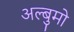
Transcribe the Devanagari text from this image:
अल्बुमो